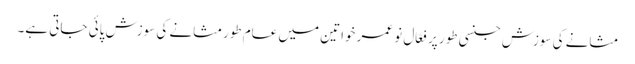
مثانے کی سوزش جنسی طور پر فعّال نو عمر خواتین میں عام طورمثانے کی سوزش پائی جاتی ہے۔